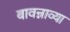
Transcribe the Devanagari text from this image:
बावन्नाव्या